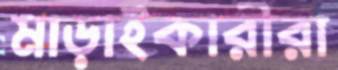
মাড়াইকারীরা